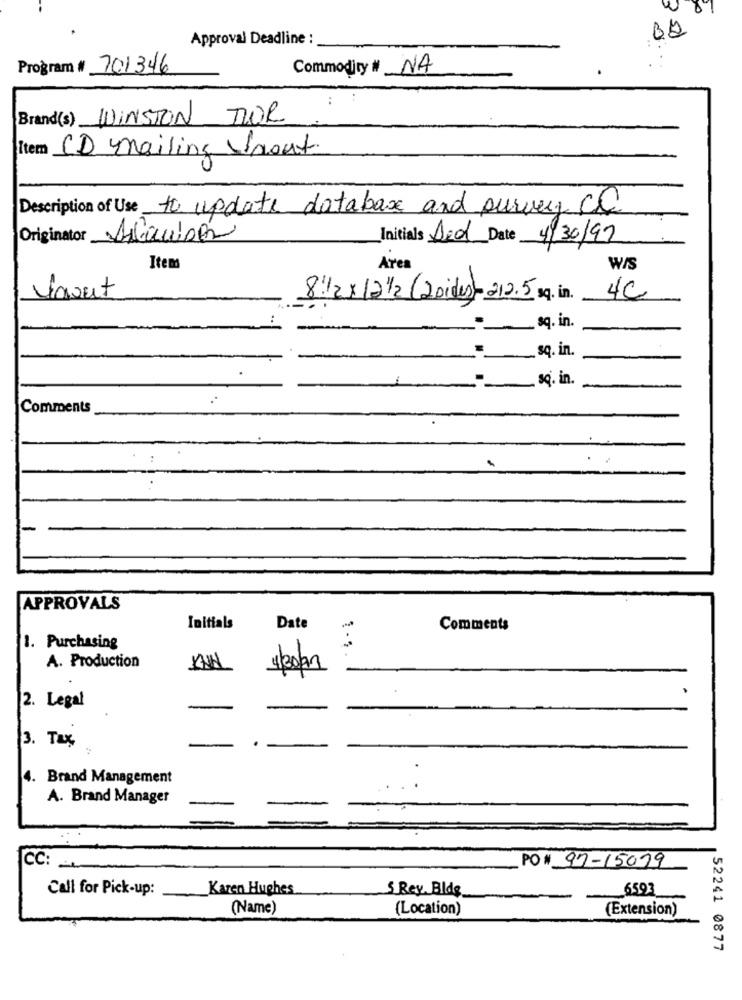
87
02
Approval Deadline :
Program # 701346
Commodity # NA
Brand(s) WINSTON TOR
item CD mailing out
Description of Use to update database and purvey CC
Originator Adacupón
Initials Ded Date 4/30/97
Items
Area
W/S
Varut
8:12×12/2 (Loides)- 212.5 sq. in.
4C
sq. in.
sq. in.
sq. in.
Comments
-
APPROVALS
Initials
Date
Comments
.
1. Purchasing
A. Production
2. Legal
-
3. Tax
. Brand Management
A. Brand Manager
CC:
PO # 97-15019
Call for Pick-up:
Karen Hughes
5 Rey. Blds
6593
(Name)
(Location)
(Extension)
52241 0877